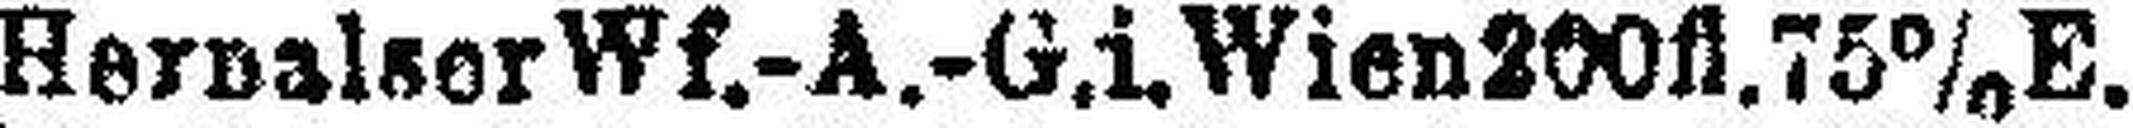
Hernalsor Wf.-A.-G.i. Wien 200fl.75%E.